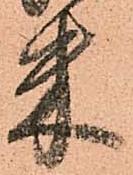
米